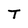
Character: T